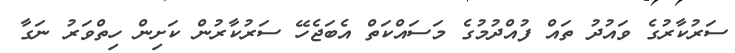
ސަރުކާރުގެ ވައުދު ތައް ފުއްދުމުގެ މަސައްކަތް އެބަޖެހޭ ސަރުކާރުން ކަށިން ހިތްވަރު ނަގާ